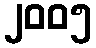
၂၀၀၅